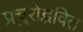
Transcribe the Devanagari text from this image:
प्रचुरोद्भवित